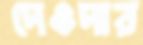
দেওদার